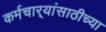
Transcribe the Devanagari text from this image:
कर्मचार्‍यांसाठीच्या